Civil Veterinary Dept. Bombay admin report 1932-41 - 1932-1941
Year: 1932
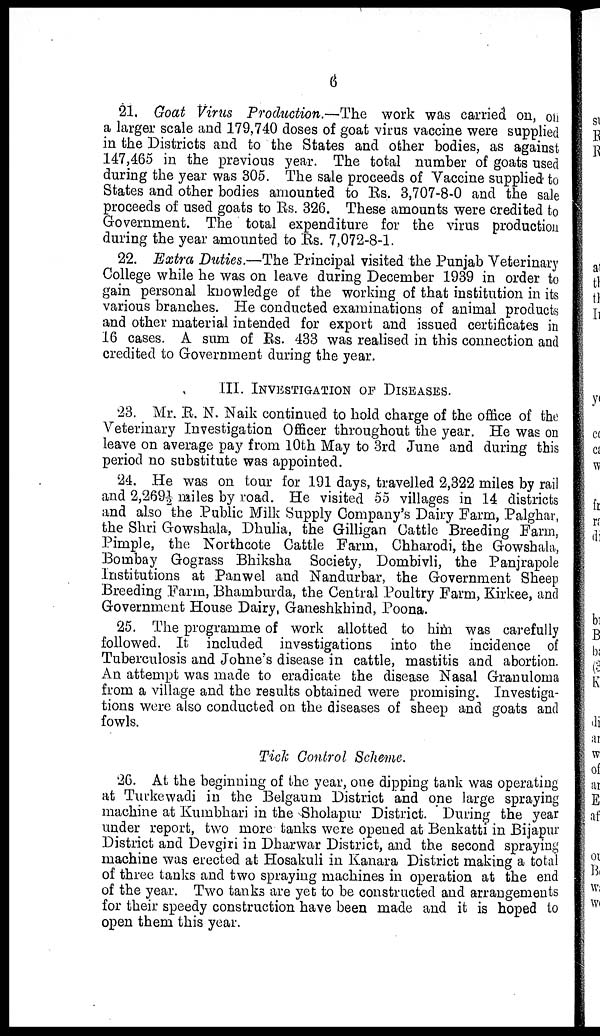
6
21. Goat Virus Production.—The work was carried on, off
a larger scale and 179,740 doses of goat virus vaccine were supplied
in the Districts and to the States and other bodies, as against
147,465 in the previous year. The total number of goats used
during the year was 305. The sale proceeds of Vaccine supplied to
States and other bodies amounted to Rs. 3,707-8-0 and the sale
proceeds of used goats to Rs. 326. These amounts were credited to
Government. The total expenditure for the virus production
during the year amounted to Rs. 7,072-8-1.
22. Extra Duties.—The Principal visited the Punjab Veterinary
College while he was on leave during December 1939 in order to
gain personal knowledge of the working of that institution in its
various branches. He conducted examinations of animal products
and other material intended for export and issued certificates in
16 cases. A sum of Rs. 433 was realised in this connection and
credited to Government during the year.
III. IIVESTIGATION OF DISEASES.
23. Mr. R. N. Naik continued to hold charge of the office of the
Veterinary Investigation Officer throughout the year. He was on
leave on average pay from 10th May to 3rd June and during this
period no substitute was appointed.
24. He was on tour for 191 days, travelled 2,322 miles by rail
and 2,269½ miles by road. He visited 55 villages in 14 districts
and also the Public Milk Supply Company's Dairy Farm, Palghar,
the Shri Gowshala, Dhulia, the Gilligan Cattle Breeding Farm,
Pimple, the Northcote Cattle Farm, Chharodi, the Gowshala,
Bombay Gograss Bhiksha Society, Dombivli, the Panjrapole
Institutions at Panwel and Nandurbar, the Government Sheep
Breeding Farm, Bhamburda, the Central Poultry Farm, Kirkee, and
Government House Dairy, Ganeshkhind, Poona.
25. The programme of work allotted to him was carefully
followed. It included investigations into the incidence of
Tuberculosis and Johne's disease in cattle, mastitis and abortion.
An attempt was made to eradicate the disease Nasal Granuloma
from a village and the results obtained were promising. Investiga-
tions were also conducted on the diseases of sheep and goats and
fowls.
Tick Control Scheme.
26. At the beginning of the year, one dipping tank was operating
at Turkewadi in the Belgaum District and one large spraying
machine at Kumbhari in the Sholapur District. During the year
under report, two more tanks were opened at Benkatti in Bijapur
District and Devgiri in Dharwar District, and the second spraying
machine was erected at Hosakuli in Kanara District making a total
of three tanks and two spraying machines in operation at the end
of the year. Two tanks are yet to be constructed and arrangements
for their speedy construction have been made and it is hoped to
open them this year.